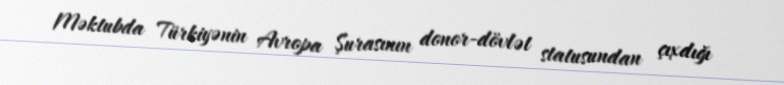
Məktubda Türkiyənin Avropa Şurasının donor-dövlət statusundan çıxdığı